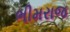
ભીમરાજ